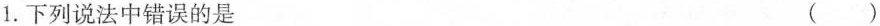
1.下列说法中错误的是 ()